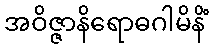
အဝိဇ္ဇာနိရောဓဂါမိနိံ